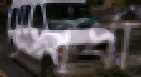
স্পর্ধা